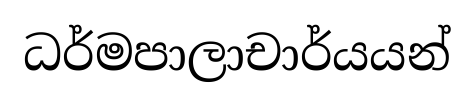
ධර්මපාලාචාර්යයන්